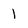
Character: 1